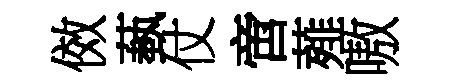
傚蓺仗啻薤嗷